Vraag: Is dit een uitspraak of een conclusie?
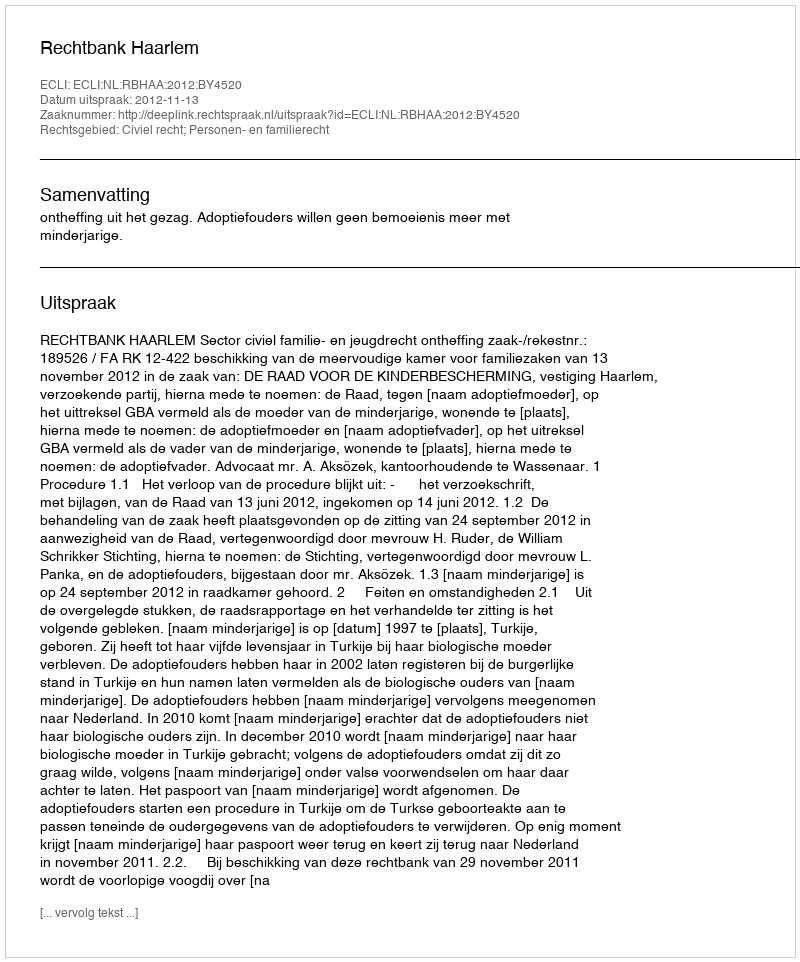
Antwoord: Uitspraak